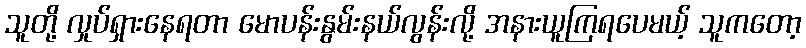
သူတို့ လှုပ်ရှားနေရတာ မောပန်းနွမ်းနယ်လွန်းလို့ အနားယူကြရပေမယ့် သူကတော့